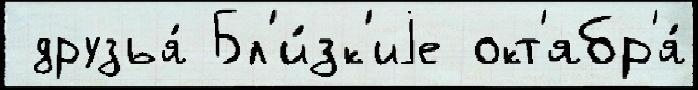
 друзья́ Бл'и́зк'иjе окт'ябр'я́